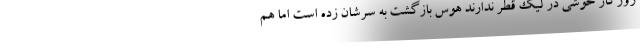
روزگار خوشی در لیگ قطر ندارند هوس بازگشت به سرشان زده است اما هم